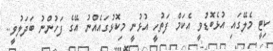
ކިޓީ މެލޭގައި އުޅެބޮޑުވީ އެކަމް ފަތުހީ އުޅުނީ މިކޮޅުގައެއްނު އޭގެ ފަހުންނު ބަދަލުވީ..